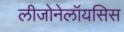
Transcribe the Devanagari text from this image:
लीजोनेलॉयसिस